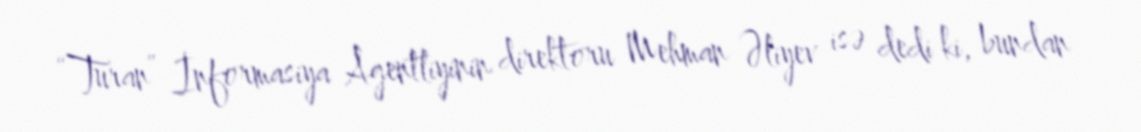
“Turan” İnformasiya Agentliyinin direktoru Mehman Əliyev isə dedi ki, bundan